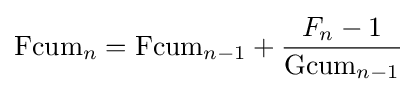
\mathrm {Fcum} _{n}=\mathrm {Fcum} _{n-1}+{\frac {F_{n}-1}{\mathrm {Gcum} _{n-1}}}